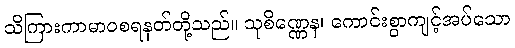
သိကြားကာမာဝစရနတ်တို့သည်။ သုစိဏ္ဏေန၊ ကောင်းစွာကျင့်အပ်သော